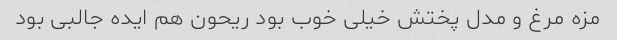
مزه مرغ و مدل پختش خیلی خوب بود ریحون هم ایده جالبی بود